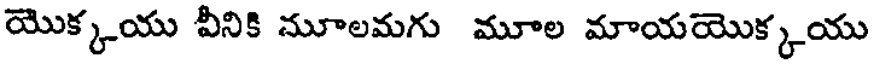
యొక్కయు వీనికి మూలమగు మూల మాయయొక్కయు